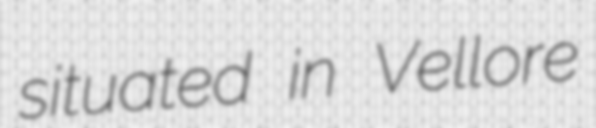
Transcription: situated in Vellore